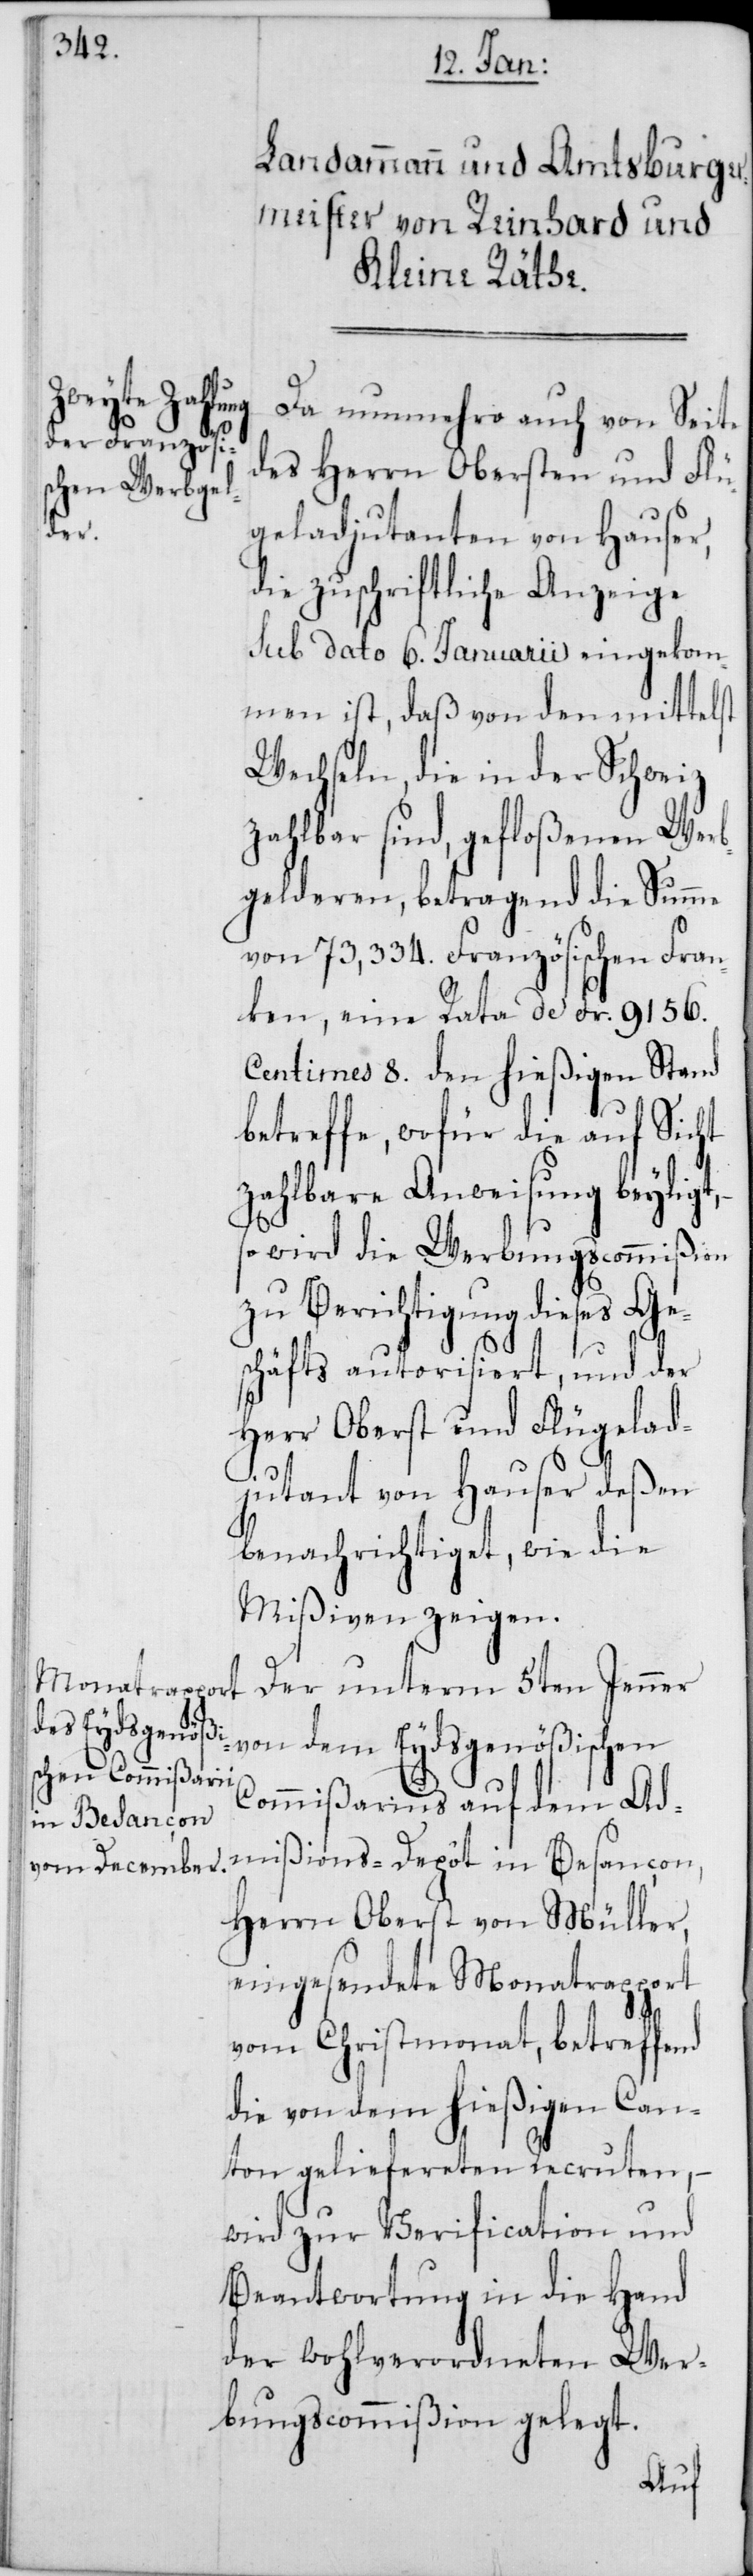
Da nunmehro auch von Seite
des Herrn Obersten und Flü¬
geladjutanten von Hauser,
die zuschriftliche Anzeige
sub dato 6. Januarii eingekom¬
men ist, daß von den mittelst
Wechseln, die in der Schweiz
zahlbar sind, gefloßenen Wer¬
bgelderen, betragend die Summe
von 73,334. Französischen Fran¬
ken, eine Rata de Fr. 9165.
Centimes 8. den hießigen Stand
betreffe, wofür die auf Sicht
zahlbare Anweisung beyligt,
so wird die Werbungscommißion
zu Berichtigung dieses Ge¬
schäfts autorisiert, und der
Herr Oberst und Flügelad¬
jutant von Hauser deßen
benachrichtiget, wie die
Mißiven zeigen.
Der unterm 5ten Jenner
von dem Eydsgenößischen
Commißarius auf dem Ad¬
mißions-Depôt in Besançon,
Herrn Oberst von Müller,
eingesendete Monatsrapport
vom Christmonat, betreffe¬
die von dem hießigen Can¬
ton geliefereten Recruten, –
wird zur Verification und
Beantwortung in die Hand
der wohlverordneten Wer¬
bungscommißion gelegt.
nd